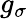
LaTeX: g_{\sigma}